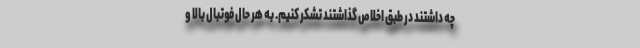
چه داشتند در طبق اخلاص گذاشتند تشکر کنیم. به هر حال فوتبال بالا و